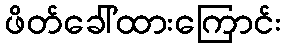
ဖိတ်ခေါ်ထားကြောင်း